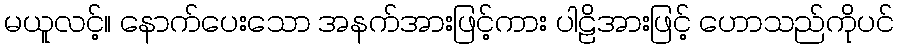
မယူလင့်။ နောက်ပေးသော အနက်အားဖြင့်ကား ပါဠိအားဖြင့် ဟောသည်ကိုပင်